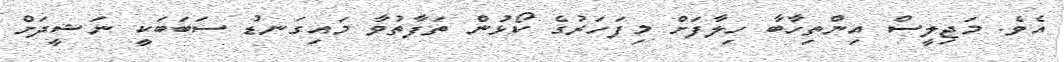
އެވެ. މަޖިލީސް އިންތިހާބާ ހިލާފަށް މިފަހަރުގެ ކޯޅުން ތަފާތުވާ މައިގަނޑު ސަބަބަކީ ނަޝީދަށް